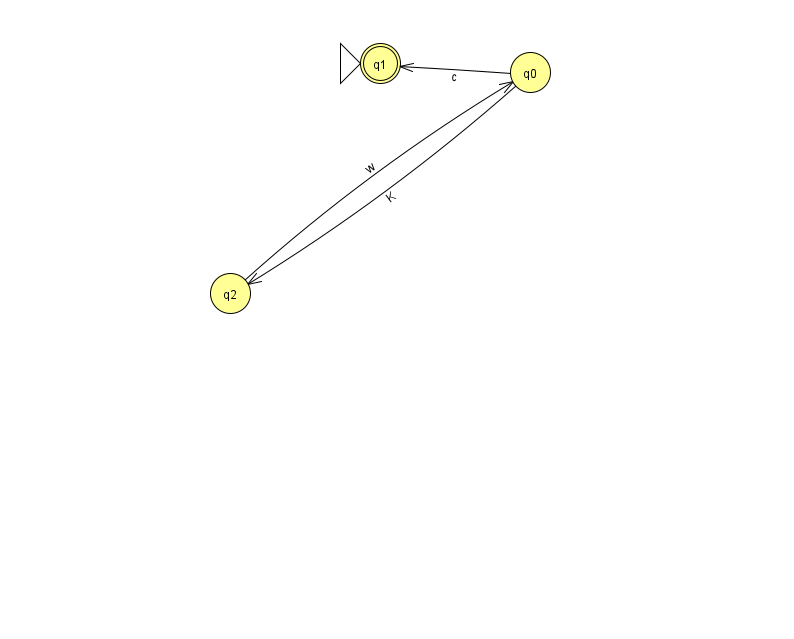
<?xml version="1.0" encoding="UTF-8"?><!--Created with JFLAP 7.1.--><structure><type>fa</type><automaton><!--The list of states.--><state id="0" name="q0"><x>530.0</x><y>59.0</y></state><state id="1" name="q1"><x>380.0</x><y>50.0</y><initial/><final/></state><state id="2" name="q2"><x>230.0</x><y>280.0</y></state><!--The list of transitions.--><transition><from>2</from><to>0</to><read>w</read></transition><transition><from>0</from><to>2</to><read>K</read></transition><transition><from>0</from><to>1</to><read>c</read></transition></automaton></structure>